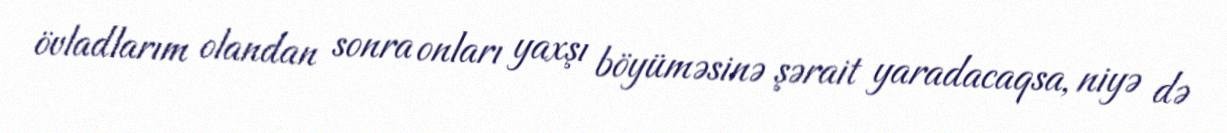
övladlarım olandan sonra onları yaxşı böyüməsinə şərait yaradacaqsa, niyə də